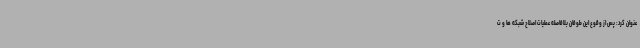
عنوان کرد: پس از وقوع این طوفان بلافاصله عملیات اصلاح شبکه ها و ت